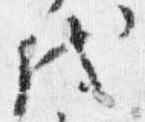
代